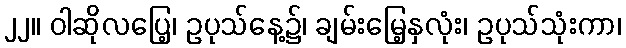
၂၂။ ဝါဆိုလပြေ့၊ ဥပုသ်နေ့၌၊ ချမ်းမြေ့နှလုံး၊ ဥပုသ်သုံးကာ၊